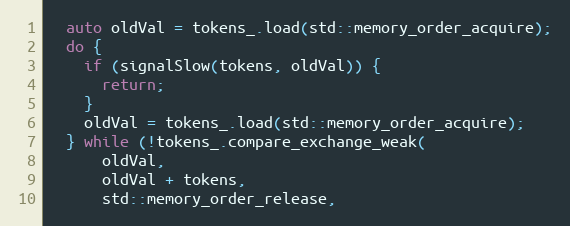
Language: C++
  auto oldVal = tokens_.load(std::memory_order_acquire);
  do {
    if (signalSlow(tokens, oldVal)) {
      return;
    }
    oldVal = tokens_.load(std::memory_order_acquire);
  } while (!tokens_.compare_exchange_weak(
      oldVal,
      oldVal + tokens,
      std::memory_order_release,